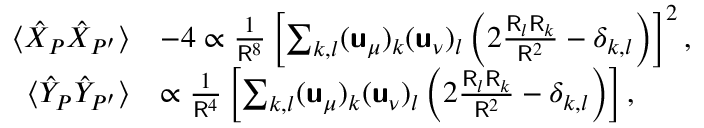
\begin{array} { r l } { \langle \hat { X } _ { P } \hat { X } _ { P ^ { \prime } } \rangle } & { - 4 \propto \frac { 1 } { \mathsf { R } ^ { 8 } } \left[ \sum _ { k , l } ( \boldsymbol { \mathsf { u } } _ { \mu } ) _ { k } ( \boldsymbol { \mathsf { u } } _ { \nu } ) _ { l } \left( 2 \frac { \mathsf { R } _ { l } \mathsf { R } _ { k } } { \mathsf { R } ^ { 2 } } - \delta _ { k , l } \right) \right] ^ { 2 } , } \\ { \langle \hat { Y } _ { P } \hat { Y } _ { P ^ { \prime } } \rangle } & { \propto \frac { 1 } { \mathsf { R } ^ { 4 } } \left[ \sum _ { k , l } ( \boldsymbol { \mathsf { u } } _ { \mu } ) _ { k } ( \boldsymbol { \mathsf { u } } _ { \nu } ) _ { l } \left( 2 \frac { \mathsf { R } _ { l } \mathsf { R } _ { k } } { \mathsf { R } ^ { 2 } } - \delta _ { k , l } \right) \right] , } \end{array}